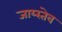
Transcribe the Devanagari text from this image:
जाय्स्तेव